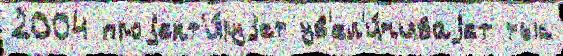
2004 проjект'и́руjет ув'ел'и́чиваjет тыс